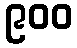
၉၀၀